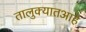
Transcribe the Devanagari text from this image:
तालुक्यातआहे